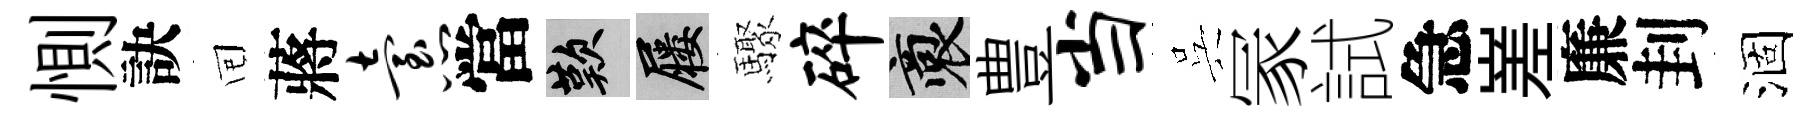
惻訣囘蔣怠當嘆屨驟碎裔豊当呉冡試急嵳廉刲涸